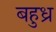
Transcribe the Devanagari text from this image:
बहुध्र